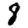
Digit: 8